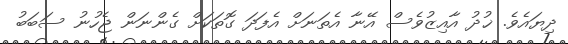
ދިޔައެވެ. ޚުދު އާއިޒުވެސް އޭނާ އެތަނަށް އެފަދަ ގޮތަކަށް ގެންނަން ޖެހުނު ސަބަބު